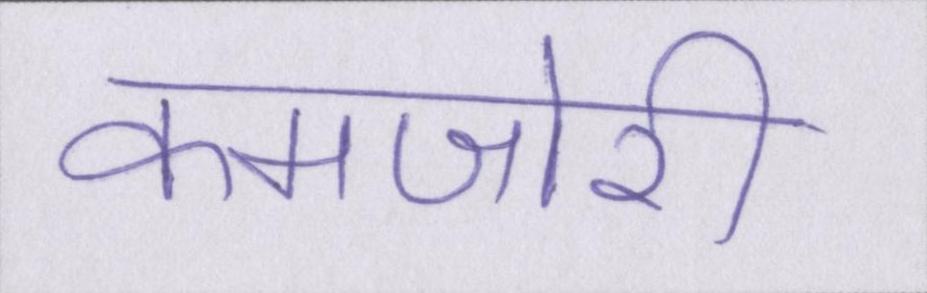
कमजोरी